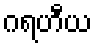
ဂရဟီယ